Insane asylums in Bengal annual reports 1867-1875 - 1867-1875
Year: 1867
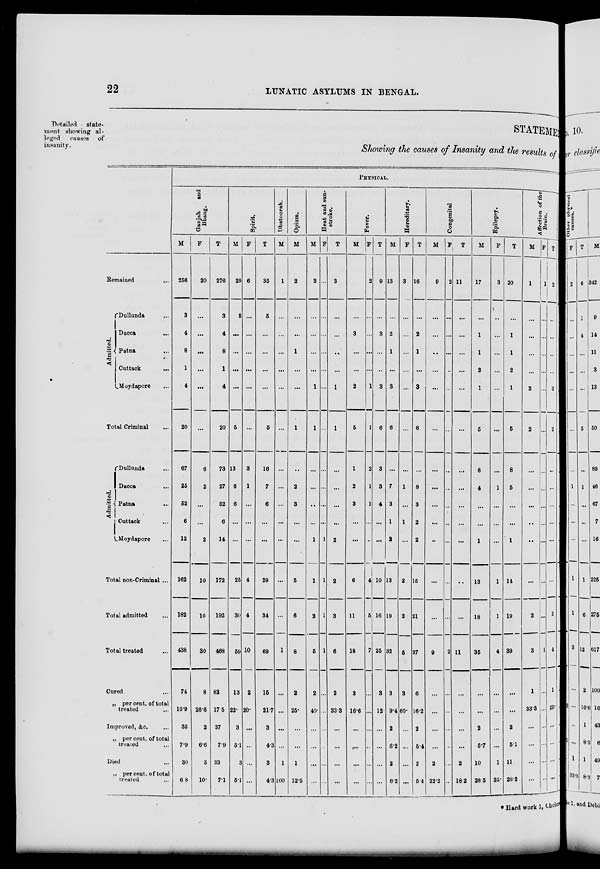
22
LUNATIC ASYLUMS IN BENGAL.
Detailed
state-
ment showing al-
leged
causes of
insanity.
STATEME
Showing the causes of Insanity and the results of
Remained
...
Admitted.
Dullunda ...
Dacca ...
Patna ...
Cuttack
...
Moydapore ...
Total Criminal ...
Admitted.
Dullunda ...
Dacca ...
Patna ...
Cuttack ...
Moydapore ...
Total non-Criminal ...
Total admitted ...
Total treated ...
Cured ...
„ per cent. of total
treated ...
Improved, &c. ...
„ per cent. of total
treated ...
Died ...
„ per cent. of total
treated ...
PHYSICAL.
Ganjah
and
Bhang.
M
256
3
4
8
1
4
20
67
25
52
6
12
162
182
438
74
16.9
35
7.9
30
6.8
F
20
...
...
...
...
...
...
6
2
...
...
2
10
10
30
8
26.6
2
6.6
3
10.
T
276
3
4
8
1
4
20
73
27
52
6
14
172
192
468
82
17.5
37
7.9
33
7.1
Spirit.
M
29
5
...
...
...
...
5
13
6
6
...
...
25
30
59
13
22.
3
5.1
3
5.1
F
6
...
...
...
...
...
...
3
1
...
...
...
4
4
10
2
20.
...
...
...
...
T
35
5
...
...
...
...
5
16
7
6
...
...
29
34
69
15
21.7
3
4.2
3
4.3
Dhatoorah.
M
1
...
...
...
...
...
...
...
...
...
...
...
...
...
1
...
...
...
...
1
100
Opium.
M
2
...
...
1
...
...
1
...
2
3
...
...
5
6
8
2
25.
...
...
1
12.5
Heat and sun-
stroke.
M
3
...
...
...
...
1
1
...
...
...
...
1
1
2
5
2
40.
...
...
...
...
F
...
...
...
...
...
...
...
...
...
...
...
1
1
1
1
...
...
...
...
...
...
T
3
...
...
...
...
1
1
...
...
...
...
2
2
3
6
2
33.3
...
...
...
...
Fever.
M
7
...
3
...
...
2
5
1
2
3
...
...
6
11
18
3
16.6
...
...
...
...
F
2
...
...
...
...
1
1
2
1
1
...
...
4
5
7
...
...
...
...
...
...
T
9
...
3
...
...
3
6
3
3
4
...
...
10
16
25
3
12.
...
...
...
...
Hereditary.
M
13
...
2
1
...
3
6
...
7
3
1
2
13
19
32
3
9.4
2
6.2
2
6.2
F
3
...
...
...
...
...
...
...
1
...
1
...
2
2
5
3
60.
...
...
...
...
T
16
...
2
1
...
3
6
...
8
3
2
2
15
21
37
6
16.2
2
5.4
2
5.4
Congenital
M
9
...
...
...
...
...
...
...
...
...
...
...
...
...
9
...
...
...
...
2
22.2
F
2
...
...
...
...
...
...
...
...
...
...
...
...
...
2
...
...
...
...
...
...
T
11
...
...
...
...
...
...
...
...
...
...
...
...
...
11
...
...
...
...
2
18.2
Epilepsy.
M
17
...
1
1
2
1
5
8
4
...
...
1
13
18
36
...
...
2
5.7
10
28.5
F
3
...
...
...
...
...
...
...
1
...
...
...
1
1
4
...
...
...
...
1
25.
T
20
...
1
1
2
1
5
8
5
...
...
1
14
19
39
...
...
2
5.1
11
28.2
Affection of the
Brain.
M
1
...
...
...
...
2
2
...
...
...
...
..
...
2
3
1
33.3
...
...
...
...
F
1
...
...
...
...
...
...
...
...
...
...
...
...
...
1
...
...
...
...
...
...
T
2
...
...
...
...
2
2
...
...
...
...
...
...
2
4
1
25.
...
...
...
...
* Hard work 1, Cholera